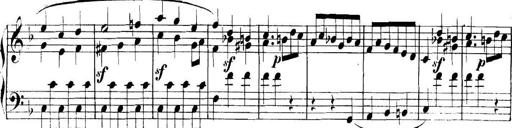
Title: Collected Piano Sonatas
Composer: Muzio Clementi